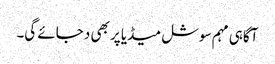
آگاہی مہم سوشل میڈیا پر بھی د جائے گی۔